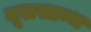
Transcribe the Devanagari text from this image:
मूलस्तम्भ